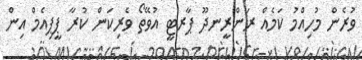
ވުރެން މުހިއްމު ކަމެއް ރަންރީނދޫ ޕާރޓީ އުވޭތޯ ވެރިކަން ކުރާ ޕީޕިއެމް އިން